Insane asylums in Bengal annual reports 1876-1887 - 1876-1887
Year: 1876
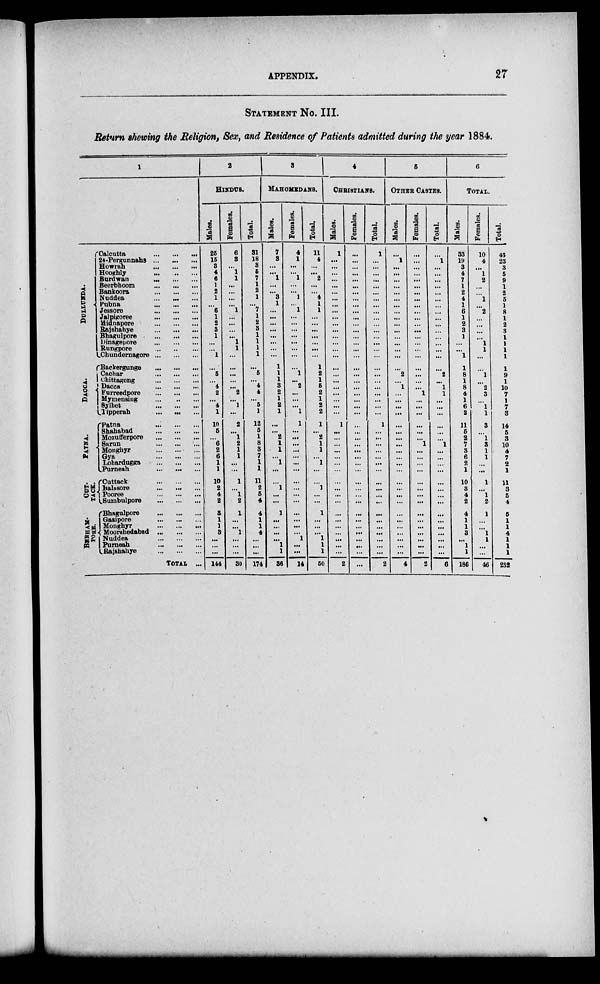
APPENDIX.
27
STATEMENT No. III.
Return showing the Religion, Sex, and Residence of Patients admitted during the year 1884.
1
DUL L UNDA.
DACCA.
PATNA.
CUT-
TACK.
BERHAM-
PORE.
Calcutta
...
...
...
24-Pergunnahs
...
...
...
Howrah
...
...
...
Hooghly ... ... ...
Burdwan
...
...
...
Beerbhoom
...
...
...
Bankoora
...
...
...
Nuddea
...
...
...
Pubna
...
...
...
Jessore
...
...
...
Jalpigoree
...
...
...
Midanpore ... ... ...
Rajshahye
...
...
...
Bhagulpore
...
...
...
Dinagepore ... ... ...
Rungpore
...
...
...
Chundernagore ... ... ...
Backergunge
...
...
...
Cachar
...
...
...
Chittagong
...
...
...
Dacca
...
...
...
Furreedpore
...
...
...
Mymensing
...
...
...
Sylhet
...
...
...
Tipperah
...
...
...
Patna
...
...
...
Shahabad
...
...
...
Mozufferpore
...
...
...
Sarun
...
...
...
Monghyr
...
...
...
Gya
...
...
...
Lohardugga
...
...
...
Purneah
...
...
...
Cuttack
...
...
...
Balasore
...
...
...
Pooree ... ... ...
Sumbulpore
...
...
...
Bhagulpore
...
...
...
Gazipore
...
...
...
Monghyr
...
...
...
Moorahedabad
...
...
...
Nuddea
...
...
...
Purneah
...
...
...
Rajshahye
...
...
...
TOTAL ...
2
HINDUS.
Males.
25
15
3
4
6
1
2
1
...
6
1
2
8
1
...
...
1
...
5
...
4
2
...
4
1
10
5
...
6
2
6
1
1
10
2
4
2
3
1
1
3
...
...
...
144
Females.
6
3
...
1
1
...
...
...
...
1
...
...
...
...
1
1
...
...
...
...
...
2
...
1
...
2
...
1
2
1
1
...
...
1
... 1
2
1
...
...
1
...
...
...
30
Total.
31
18
3
5
7
1
2
1
...
7
1
2
8
1
1
1
1
...
5
...
4
4
...
5
1
12
5
1
8
3
7
1
1
11
2
5
4
4
1
1
4
...
...
...
174
3
MAHOMEDANS.
Males.
7
3
...
...
1
...
...
3
1
...
...
...
...
...
...
...
...
1
1
1
3
2
1
2
1
...
...
2
1
1
...
1
...
...
1
...
...
1
...
...
...
...
1
1
36
Females.
4
1
...
...
1
...
...
1
...
1
...
...
...
...
...
...
...
...
1
...
2
...
...
...
1
1
...
...
...
...
...
...
...
...
...
...
...
...
...
...
...
1
...
...
14
Total.
11
4
...
...
2
...
...
4
1
1
...
...
...
...
...
...
...
1
2
1
5
2
1
2
2
1
...
2
1
1
...
1
...
...
1
...
...
1
...
...
...
1
1
1
50
4
CHRISTIANS.
Males.
1
...
...
...
...
...
...
...
...
...
...
...
...
...
...
...
...
...
...
...
...
...
...
...
...
1
...
...
...
...
...
...
...
...
...
...
...
...
...
...
...
...
...
...
2
Females.
...
...
...
...
...
...
...
...
...
...
...
...
...
...
...
...
...
...
...
...
...
...
...
...
...
...
...
...
...
...
...
...
...
...
...
...
...
...
...
...
...
...
...
...
...
Total.
1
...
...
...
...
...
...
...
...
...
...
...
...
...
...
...
...
...
...
...
...
...
...
...
...
1
...
...
...
...
...
...
...
...
...
...
...
...
...
...
...
...
...
2
5
OTHER CASTES.
Males.
...
1
...
...
...
...
...
...
...
...
...
...
...
...
...
...
...
...
2
...
1
...
...
...
...
...
...
...
...
...
...
...
...
...
...
...
...
...
...
...
...
...
...
...
4
Females.
...
...
...
...
...
...
...
...
...
...
...
...
...
...
...
...
...
...
...
...
...
1
...
...
...
...
...
...
1
...
...
...
...
...
...
...
...
...
...
...
...
...
...
...
2
Total.
...
1
...
...
...
...
...
...
...
...
...
...
...
...
...
...
...
...
2
...
1
1
...
...
...
...
...
...
1
...
...
....
...
...
...
...
...
...
...
...
...
...
...
...
6
6
Total.
Males.
33
19
3
4
7
1
2
4
1
6
1
2
3
1
...
...
1
1
8
1
8
4
1
6
2
11
5
2
7
3
6
2
1
10
3
4
2
4
1
1
3
...
1
1
186
Females.
10
4
...
1
2
...
...
1
...
2
...
...
...
...
1
1
...
...
1
...
2
3
...
1
1
3
...
1
3
1
1
...
...
1
... 1
2
1
...
...
1
1
...
...
46
Total.
43
23
3
5
9
1
2
5
1
8
1
2
3
1
1
1
1
1
9
1
10
7
1
7
3
14
5
3
10
4
7
2
1
11
3
5
4
5
1
1
4
1
1
1
232